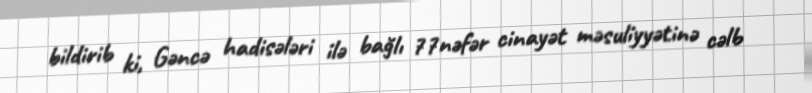
bildirib ki, Gəncə hadisələri ilə bağlı 77nəfər cinayət məsuliyyətinə cəlb